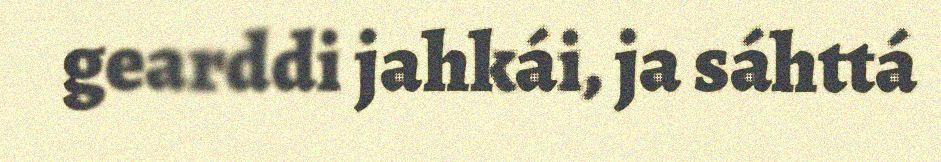
gearddi jahkái, ja sáhttá